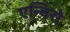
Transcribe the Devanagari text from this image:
एन्विरो